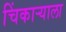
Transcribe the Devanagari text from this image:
चिंकाऱ्याला